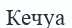
Кечуа